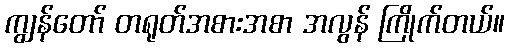
ကျွန်တော် တရုတ်အစားအစာ အလွန် ကြိုက်တယ်။